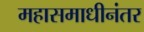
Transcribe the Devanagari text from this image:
महासमाधीनंतर